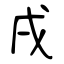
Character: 戌